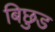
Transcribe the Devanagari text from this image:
बिछुड